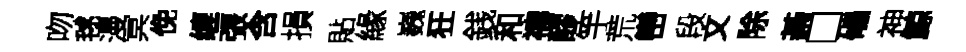
吻毬漫冥俛缠張含損貼緣巍狂銭和禱醪竽荒巒段文除綦□礧神鯨